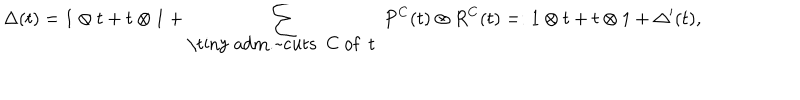
\Delta ( t ) = 1 \otimes t + t \otimes 1 + \sum _ { \mathrm { \tiny ~ a d m . ~ c u t s ~ C ~ o f ~ t ~ } } P ^ { C } ( t ) \otimes R ^ { C } ( t ) = : 1 \otimes t + t \otimes 1 + \Delta ^ { \prime } ( t ) ,